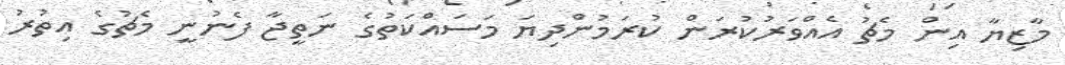
މާޒިޔާ އިން މެޗު އެއްވަރުކުރަން ކުރަމުންދިޔަ މަސައްކަތުގެ ނަތީޖާ ފެނުނީ މެޗުގެ އިތުރު